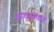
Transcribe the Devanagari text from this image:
साधुसंतच